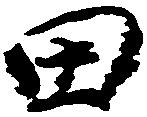
田